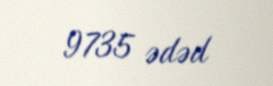
9735 ədəd